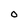
Character: 0